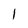
Character: l